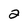
Character: 2